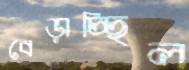
বেড়াচ্ছিল